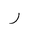
Letter: _ra